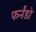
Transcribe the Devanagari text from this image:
फर्नंडो